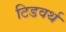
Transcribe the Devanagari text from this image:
टिडवर्थ